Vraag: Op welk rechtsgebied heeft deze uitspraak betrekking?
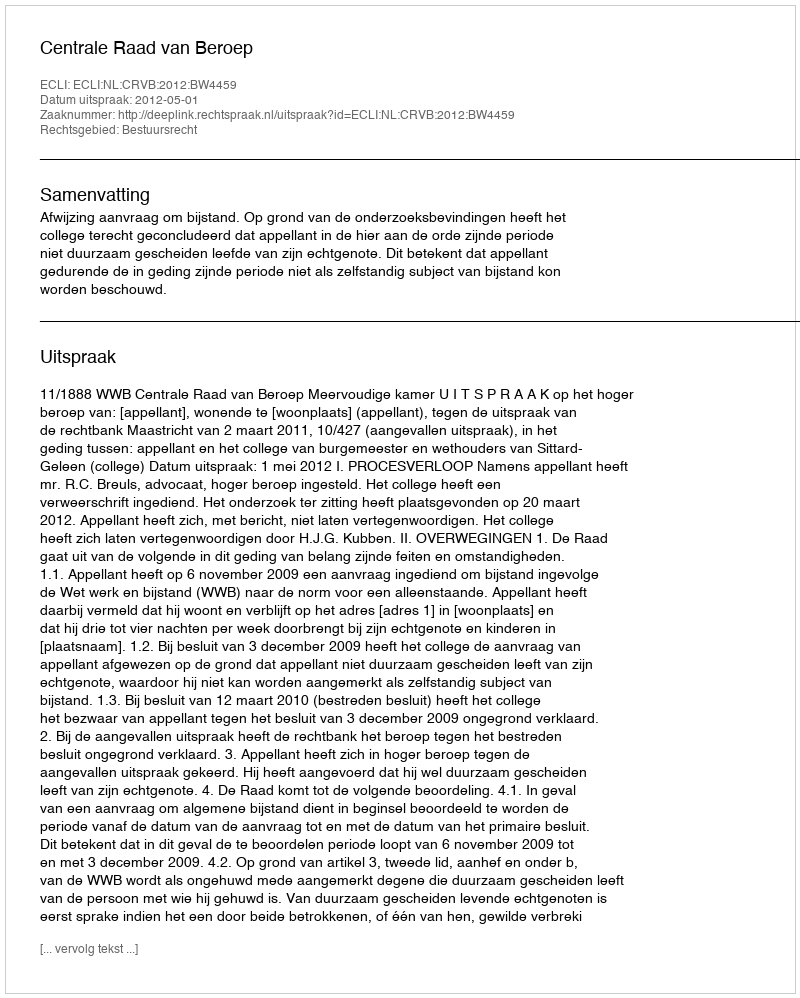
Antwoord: Bestuursrecht